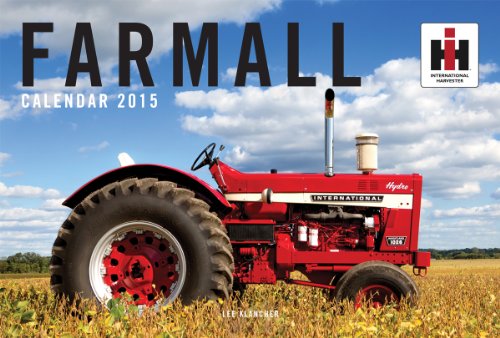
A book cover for Farmall 2015; Lee Klancher; Calendars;